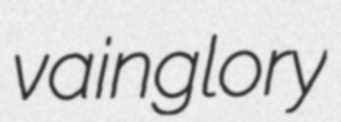
vainglory